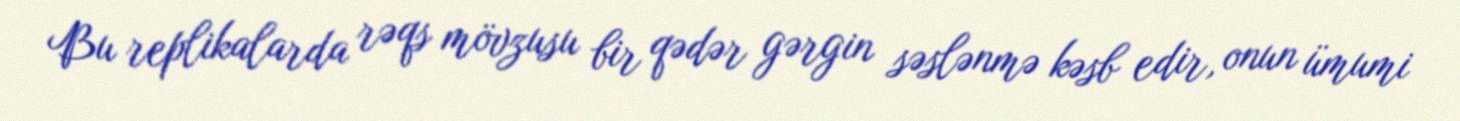
Bu replikalarda rəqs mövzusu bir qədər gərgin səslənmə kəsb edir, onun ümumi